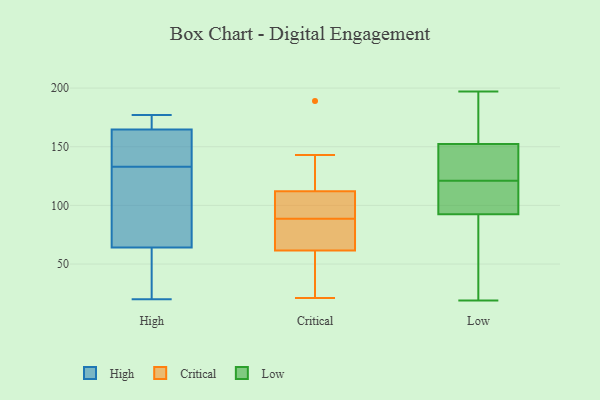
{"axis": {"x": "Inventory Turnover", "y": "Value"}, "legend": ["Critical", "High", "Low"], "data": [{"x": "", "y": 37, "type": "High"}, {"x": "", "y": 134, "type": "High"}, {"x": "", "y": 171, "type": "High"}, {"x": "", "y": 55, "type": "High"}, {"x": "", "y": 20, "type": "High"}, {"x": "", "y": 112, "type": "High"}, {"x": "", "y": 26, "type": "High"}, {"x": "", "y": 91, "type": "High"}, {"x": "", "y": 146, "type": "High"}, {"x": "", "y": 133, "type": "High"}, {"x": "", "y": 101, "type": "High"}, {"x": "", "y": 138, "type": "High"}, {"x": "", "y": 177, "type": "High"}, {"x": "", "y": 172, "type": "High"}, {"x": "", "y": 175, "type": "High"}, {"x": "", "y": 112, "type": "Critical"}, {"x": "", "y": 33, "type": "Critical"}, {"x": "", "y": 63, "type": "Critical"}, {"x": "", "y": 76, "type": "Critical"}, {"x": "", "y": 78, "type": "Critical"}, {"x": "", "y": 33, "type": "Critical"}, {"x": "", "y": 99, "type": "Critical"}, {"x": "", "y": 113, "type": "Critical"}, {"x": "", "y": 68, "type": "Critical"}, {"x": "", "y": 21, "type": "Critical"}, {"x": "", "y": 101, "type": "Critical"}, {"x": "", "y": 60, "type": "Critical"}, {"x": "", "y": 111, "type": "Critical"}, {"x": "", "y": 143, "type": "Critical"}, {"x": "", "y": 189, "type": "Critical"}, {"x": "", "y": 112, "type": "Critical"}, {"x": "", "y": 197, "type": "Low"}, {"x": "", "y": 112, "type": "Low"}, {"x": "", "y": 174, "type": "Low"}, {"x": "", "y": 87, "type": "Low"}, {"x": "", "y": 19, "type": "Low"}, {"x": "", "y": 109, "type": "Low"}, {"x": "", "y": 121, "type": "Low"}, {"x": "", "y": 153, "type": "Low"}, {"x": "", "y": 150, "type": "Low"}, {"x": "", "y": 38, "type": "Low"}, {"x": "", "y": 143, "type": "Low"}]}